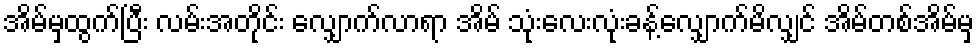
အိမ်မှထွက်ပြီး လမ်းအတိုင်း လျှောက်လာရာ အိမ် သုံးလေးလုံးခန့်လျှောက်မိလျှင် အိမ်တစ်အိမ်မှ